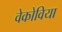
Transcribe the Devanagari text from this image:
वेकोविया